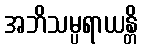
အဘိသမ္ပရာယန္တိ